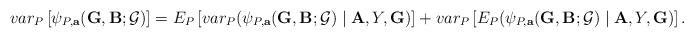
LaTeX: \begin{align*}var_{P}\left[ \psi _{P,\mathbf{a}}(\mathbf{G,B};\mathcal{G})\right] =E_{P}\left[ var_{P}(\psi _{P,\mathbf{a}}(\mathbf{G,B};\mathcal{G})\mid \mathbf{A},Y,\mathbf{G})\right] +var_{P}\left[ E_{P}(\psi _{P,\mathbf{a}}(\mathbf{G,B};\mathcal{G})\mid \mathbf{A},Y,\mathbf{G})\right] .\end{align*}